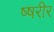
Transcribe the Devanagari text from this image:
ष्षरीर